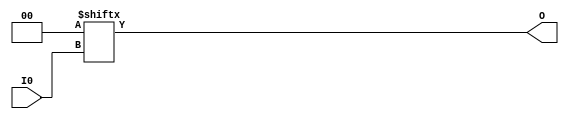
`ifdef verilator3
`else
`timescale 1 ps / 1 ps
`endif
//
// LUT1 primitive for Xilinx FPGAs
// Compatible with Verilator tool (www.veripool.org)
// Copyright (c) 2019-2022 Frdric REQUIN
// License : BSD
//

/* verilator coverage_off */
module LUT1
#(
    parameter [1:0] INIT = 2'b00
)
(
    input  wire I0,
    output wire O
);
    assign O = INIT[I0];

endmodule
/* verilator coverage_on */